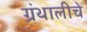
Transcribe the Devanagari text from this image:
ग्रंथालीचे